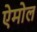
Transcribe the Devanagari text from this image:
ऐमोल